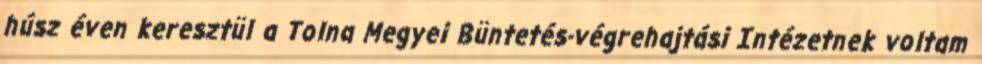
húsz éven keresztül a Tolna Megyei Büntetés-végrehajtási Intézetnek voltam